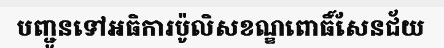
បញ្ជូនទៅអធិការប៉ូលិសខណ្ឌពោធិ៍សែនជ័យ